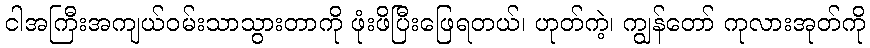
ငါအကြီးအကျယ်ဝမ်းသာသွားတာကို ဖုံးဖိပြီးဖြေရတယ်၊ ဟုတ်ကဲ့၊ ကျွန်တော် ကုလားအုတ်ကို